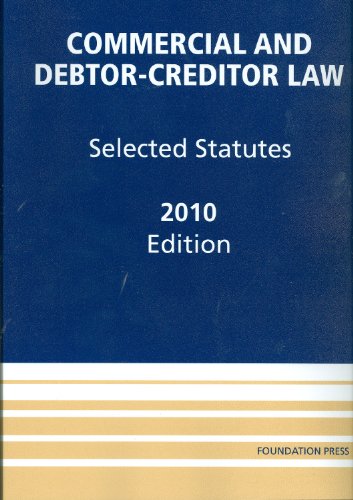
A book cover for Commercial and Debtor-Creditor Law: Selected Statutes, 2010; Douglas G. Baird; Law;